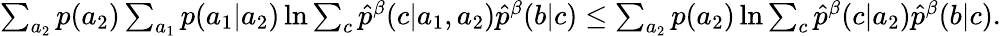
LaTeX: \begin{array}{r}{\sum_{a_{2}}p(a_{2})\sum_{a_{1}}p(a_{1}|a_{2})\ln{\sum_{c}\hat{p}^{\beta}(c|a_{1},a_{2})\hat{p}^{\beta}(b|c)}\leq\sum_{a_{2}}p(a_{2})\ln{\sum_{c}\hat{p}^{\beta}(c|a_{2})\hat{p}^{\beta}(b|c)}.}\end{array}